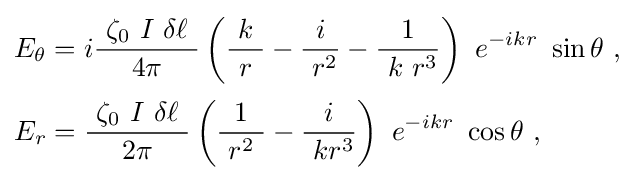
{\begin{aligned}E_{\theta }&=i{\frac {\ \zeta _{0}\ I\ \delta \ell \ }{4\pi }}\left({\frac {\ k\ }{r}}-{\frac {i}{\ r^{2}}}-{\frac {1}{\ k\ r^{3}}}\right)\ e^{-ikr}\ \sin \theta \ ,\\[2pt]E_{r}&={\frac {\ \zeta _{0}\ I\ \delta \ell \ }{2\pi }}\left({\frac {1}{\ r^{2}\ }}-{\frac {i}{\ kr^{3}}}\right)\ e^{-ikr}\ \cos \theta \ ,\end{aligned}}